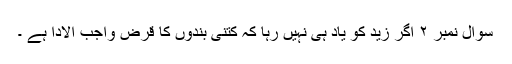
سوال نمبر ۲ اگر زید کو یاد ہی نہیں رہا کہ کتنی بندوں کا قرض واجب الادا ہے ۔